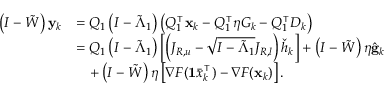
\begin{array} { r l } { \left( I - \tilde { W } \right) \mathbf { y } _ { k } } & { = Q _ { 1 } \left( I - \tilde { \Lambda } _ { 1 } \right) \left( Q _ { 1 } ^ { \intercal } \mathbf { x } _ { k } - Q _ { 1 } ^ { \intercal } \eta G _ { k } - Q _ { 1 } ^ { \intercal } D _ { k } \right) } \\ & { = Q _ { 1 } \left( I - \tilde { \Lambda } _ { 1 } \right) \left[ \left( J _ { R , u } - \sqrt { I - \tilde { \Lambda } _ { 1 } } J _ { R , l } \right) \check { h } _ { k } \right] + \left( I - \tilde { W } \right) \eta \hat { \mathbf { g } } _ { k } } \\ & { \quad + \left( I - \tilde { W } \right) \eta \left[ \nabla F ( \mathbf { 1 } \bar { x } _ { k } ^ { \intercal } ) - \nabla F ( \mathbf { x } _ { k } ) \right] . } \end{array}